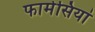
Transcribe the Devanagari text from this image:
फार्मेसियां